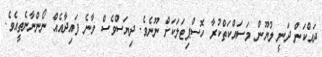
ދައްކަން ދަނީ ލުޔޫން މަސައްކަތްކުރާ ހޮސްޕިޓަލަކަށް ނޫނެވެ. ދިޔަސްވެސް ވާނެ ފައިދާއެއް ނޯންނާނެތީއެވެ.